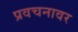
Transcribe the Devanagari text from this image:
प्रवचनावर